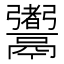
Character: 䰞